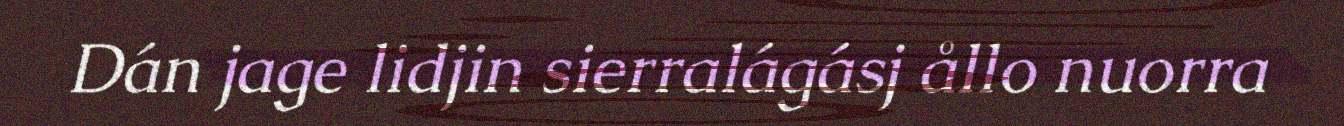
Dán jage lidjin sierralágásj ållo nuorra